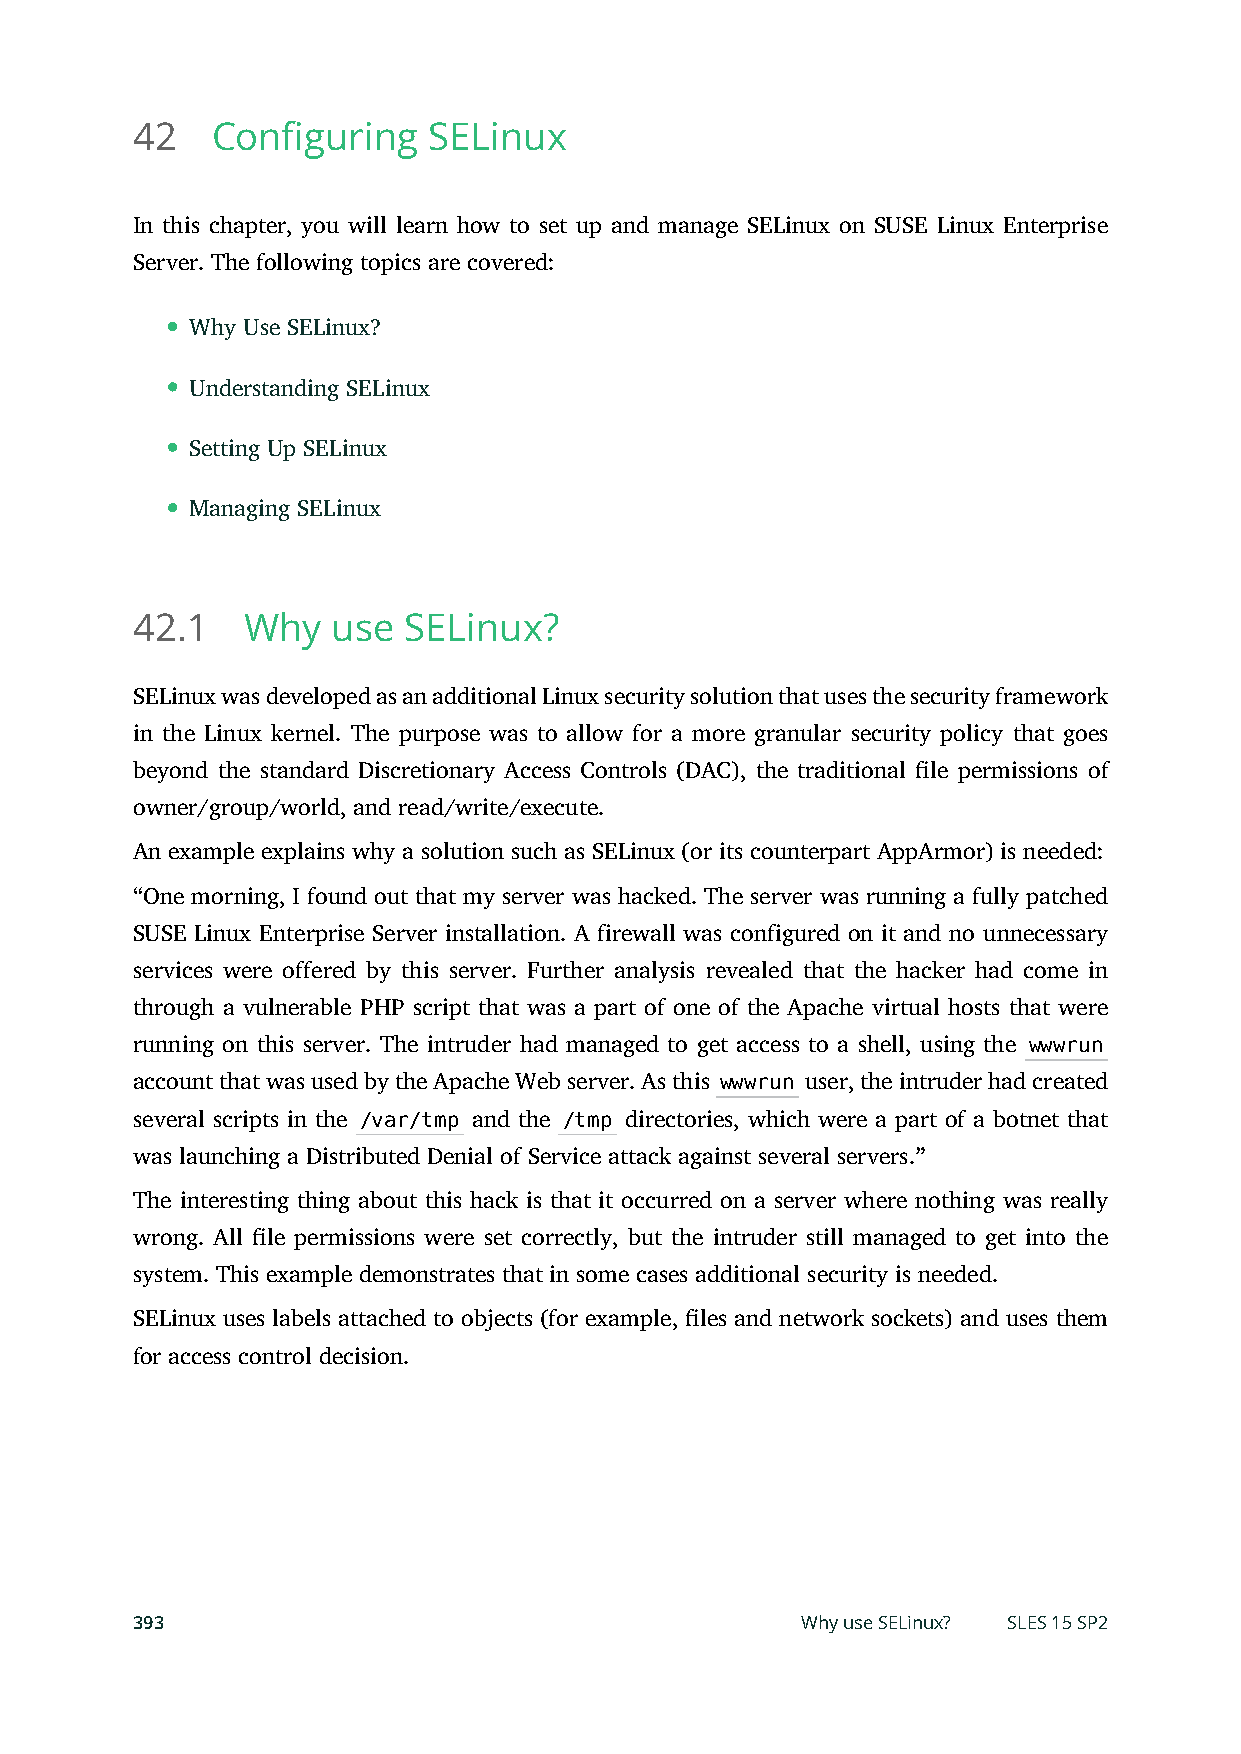
42   Configuring   SELinux
 In this chapter, you will learn how to set up and manage SELinux on SUSE Linux Enterprise
 Server. The following topics are covered:
 Why Use SELinux?
 Understanding SELinux
 Setting Up SELinux
 Managing SELinux
 42.1   Why   use  SELinux?
 SELinux was developed as an additional Linux security solution that uses the security framework
 in the Linux kernel. The purpose was to allow for a more granular security policy that goes
 beyond the standard Discretionary Access Controls (DAC), the traditional le permissions of
 owner/group/world, and read/write/execute.
 An example explains why a solution such as SELinux (or its counterpart AppArmor) is needed:
 “One morning, I found out that my server was hacked. The server was running a fully patched
 SUSE Linux Enterprise Server installation. A firewall was configured on it and no unnecessary
 services were offered by this server. Further analysis revealed that the hacker had come in
 through a vulnerable PHP script that was a part of one of the Apache virtual hosts that were
 running on this server. The intruder had managed to get access to a shell, using the wwwrun
 account that was used by the Apache Web server. As this wwwrun user, the intruder had created
 several scripts in the /var/tmp and the /tmp directories, which were a part of a botnet that
 was launching a Distributed Denial of Service attack against several servers.”
 The interesting thing about this hack is that it occurred on a server where nothing was really
 wrong. All le permissions were set correctly, but the intruder still managed to get into the
 system. This example demonstrates that in some cases additional security is needed.
 SELinux uses labels attached to objects (for example, les and network sockets) and uses them
 for access control decision.
 393                                         Why use SELinux? SLES 15 SP2